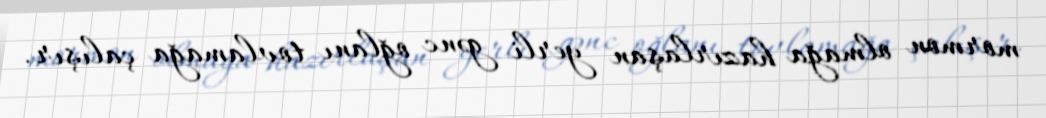
mormon olmağa hazırlaşan yerli gənc oğlanı tovlamağa çalışır.